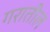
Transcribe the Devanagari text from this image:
गरातील